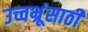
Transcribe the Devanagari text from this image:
उच्चभ्रूंसाठी